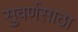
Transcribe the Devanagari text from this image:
सुवर्णसाठा